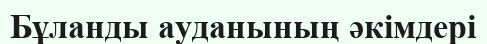
Бұланды ауданының әкімдері